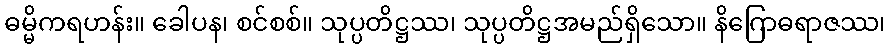
ဓမ္မိကရဟန်း။ ခေါပန၊ စင်စစ်။ သုပ္ပတိဋ္ဌဿ၊ သုပ္ပတိဋ္ဌအမည်ရှိသော။ နိဂြောဓရာဇဿ၊